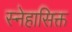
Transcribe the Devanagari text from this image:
स्नेहासिक्त